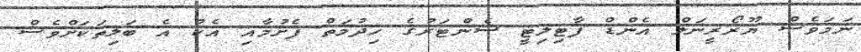
ނަމަވެސް ޔޫރޯރީނަލް އެންޑް ފާޓިލިޓީ ސެންޓަރުގެ ހިދުމަތް ފެށުމާއި އެކު އެ ބަލިތަކަށްވެސް